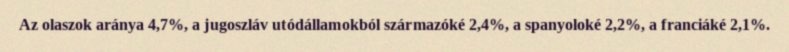
Az olaszok aránya 4,7%, a jugoszláv utódállamokból származóké 2,4%, a spanyoloké 2,2%, a franciáké 2,1%.